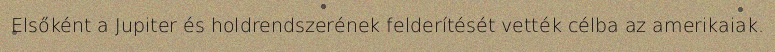
Elsőként a Jupiter és holdrendszerének felderítését vették célba az amerikaiak.